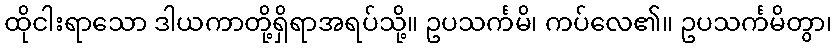
ထိုငါးရာသော ဒါယကာတို့ရှိရာအရပ်သို့။ ဥပသင်္ကမိ၊ ကပ်လေ၏။ ဥပသင်္ကမိတွာ၊